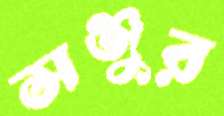
সঞ্জুর